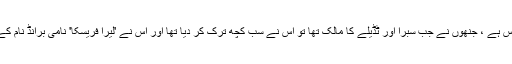
اس کی ملکیت احمد اور ظفر ٹوکسز کے پاس ہے ، جنھوں نے جب سبرا اور ٹڈیلے کا مالک تھا تو اس نے سب کچھ ترک کر دیا تھا اور اس نے 'لیرا فریسکا' نامی برانڈ نام کے تحت آئس کریم کی تیاری کا آغاز کیا تھا۔